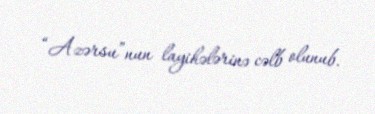
“Azərsu”nun layihələrinə cəlb olunub.